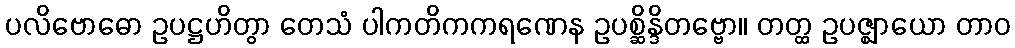
ပလိဗောဓော ဥပဋ္ဌဟိတွာ တေသံ ပါကတိကကရဏေန ဥပစ္ဆိန္ဒိတဗ္ဗော။ တတ္ထ ဥပဇ္ဈာယော တာဝ